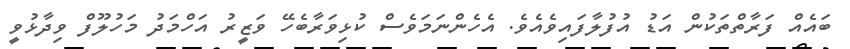
ބައެއް ފަރާތްތަކުން އަޑު އުފުލާފައިވެއެވެ. އެހެންނަމަވެސް ކުޅިވަރާބެހޭ ވަޒީރު އަހްމަދު މަހުލޫފް ވިދާޅުވީ